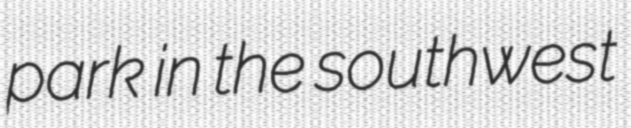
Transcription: park in the southwest